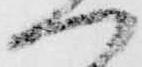
つ